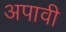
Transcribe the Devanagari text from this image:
अपावी